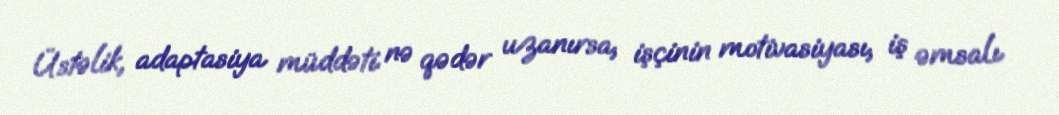
Üstəlik, adaptasiya müddəti nə qədər uzanırsa, işçinin motivasiyası, iş əmsalı